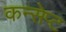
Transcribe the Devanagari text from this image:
कन्सेप्ट